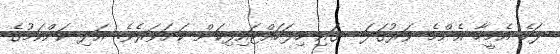
ފަހެ އެމީހާ އެންމެ ވަރުގަދަ  ގައި ހިފަހައްޓައިފިކަން ކަށަވަރެވެ. އަދި ކަންކަމުގެ